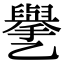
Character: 㐦